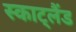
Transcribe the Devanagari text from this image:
स्काट्लैंड